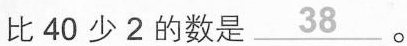
比40少2的数是\underline{38}。